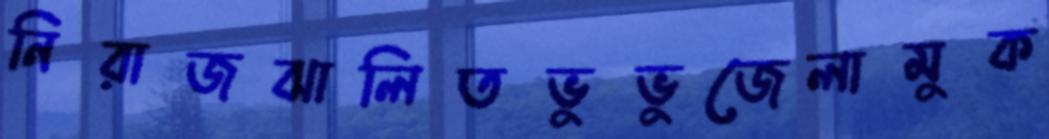
নিরাজঝালিতভুভুজেলামুক